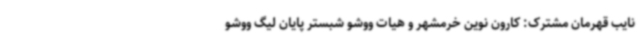
نایب قهرمان مشترک: کارون نوین خرمشهر و هیات ووشو شبستر پایان لیگ ووشو